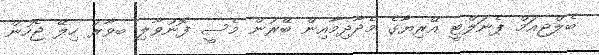
ބެލްޖިއަމް ޕެނަލްޓީ އޭރިޔާގެ މެދާދިމާއިން ބޭރުން މެސީ ފޮނުވާލި ބވާރު ހިލޭ ޖެހުން